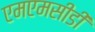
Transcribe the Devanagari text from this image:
एमएमसीडी